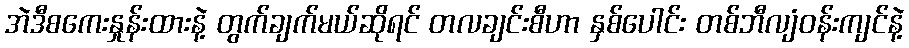
အဲဒီစကေးနှုန်းထားနဲ့ တွက်ချက်မယ်ဆိုရင် တလချင်းစီဟာ နှစ်ပေါင်း တစ်ဘီလျံဝန်းကျင်နဲ့